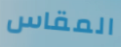
المقاس